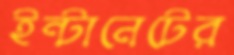
ইন্টানেটের